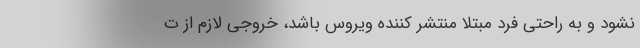
نشود و به راحتی فرد مبتلا منتشر کننده ویروس باشد، خروجی لازم از ت